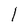
Character: l